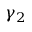
\gamma _ { 2 }